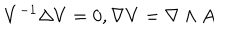
LaTeX: V ^ { - 1 } \Delta V = 0 , \nabla V = \nabla \wedge A